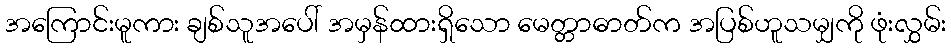
အကြောင်းမူကား ချစ်သူအပေါ် အမှန်ထားရှိသော မေတ္တာဓာတ်က အပြစ်ဟူသမျှကို ဖုံးလွှမ်း